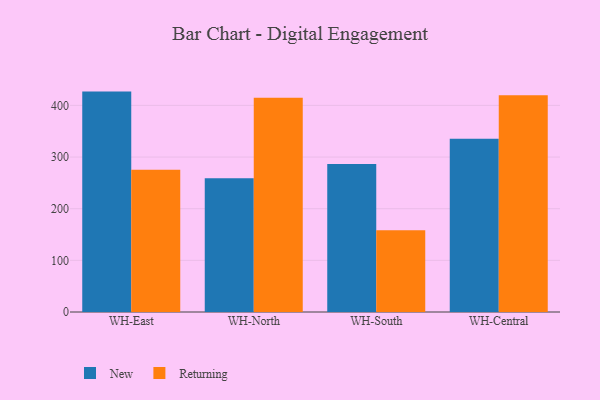
{"axis": {"x": "Warehouse", "y": "Demand Index"}, "legend": ["New", "Returning"], "data": [{"x": "WH-East", "y": 426.7, "type": "New"}, {"x": "WH-East", "y": 275.6, "type": "Returning"}, {"x": "WH-North", "y": 259.0, "type": "New"}, {"x": "WH-North", "y": 414.7, "type": "Returning"}, {"x": "WH-South", "y": 286.6, "type": "New"}, {"x": "WH-South", "y": 158.2, "type": "Returning"}, {"x": "WH-Central", "y": 335.2, "type": "New"}, {"x": "WH-Central", "y": 419.7, "type": "Returning"}]}